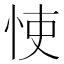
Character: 㤦